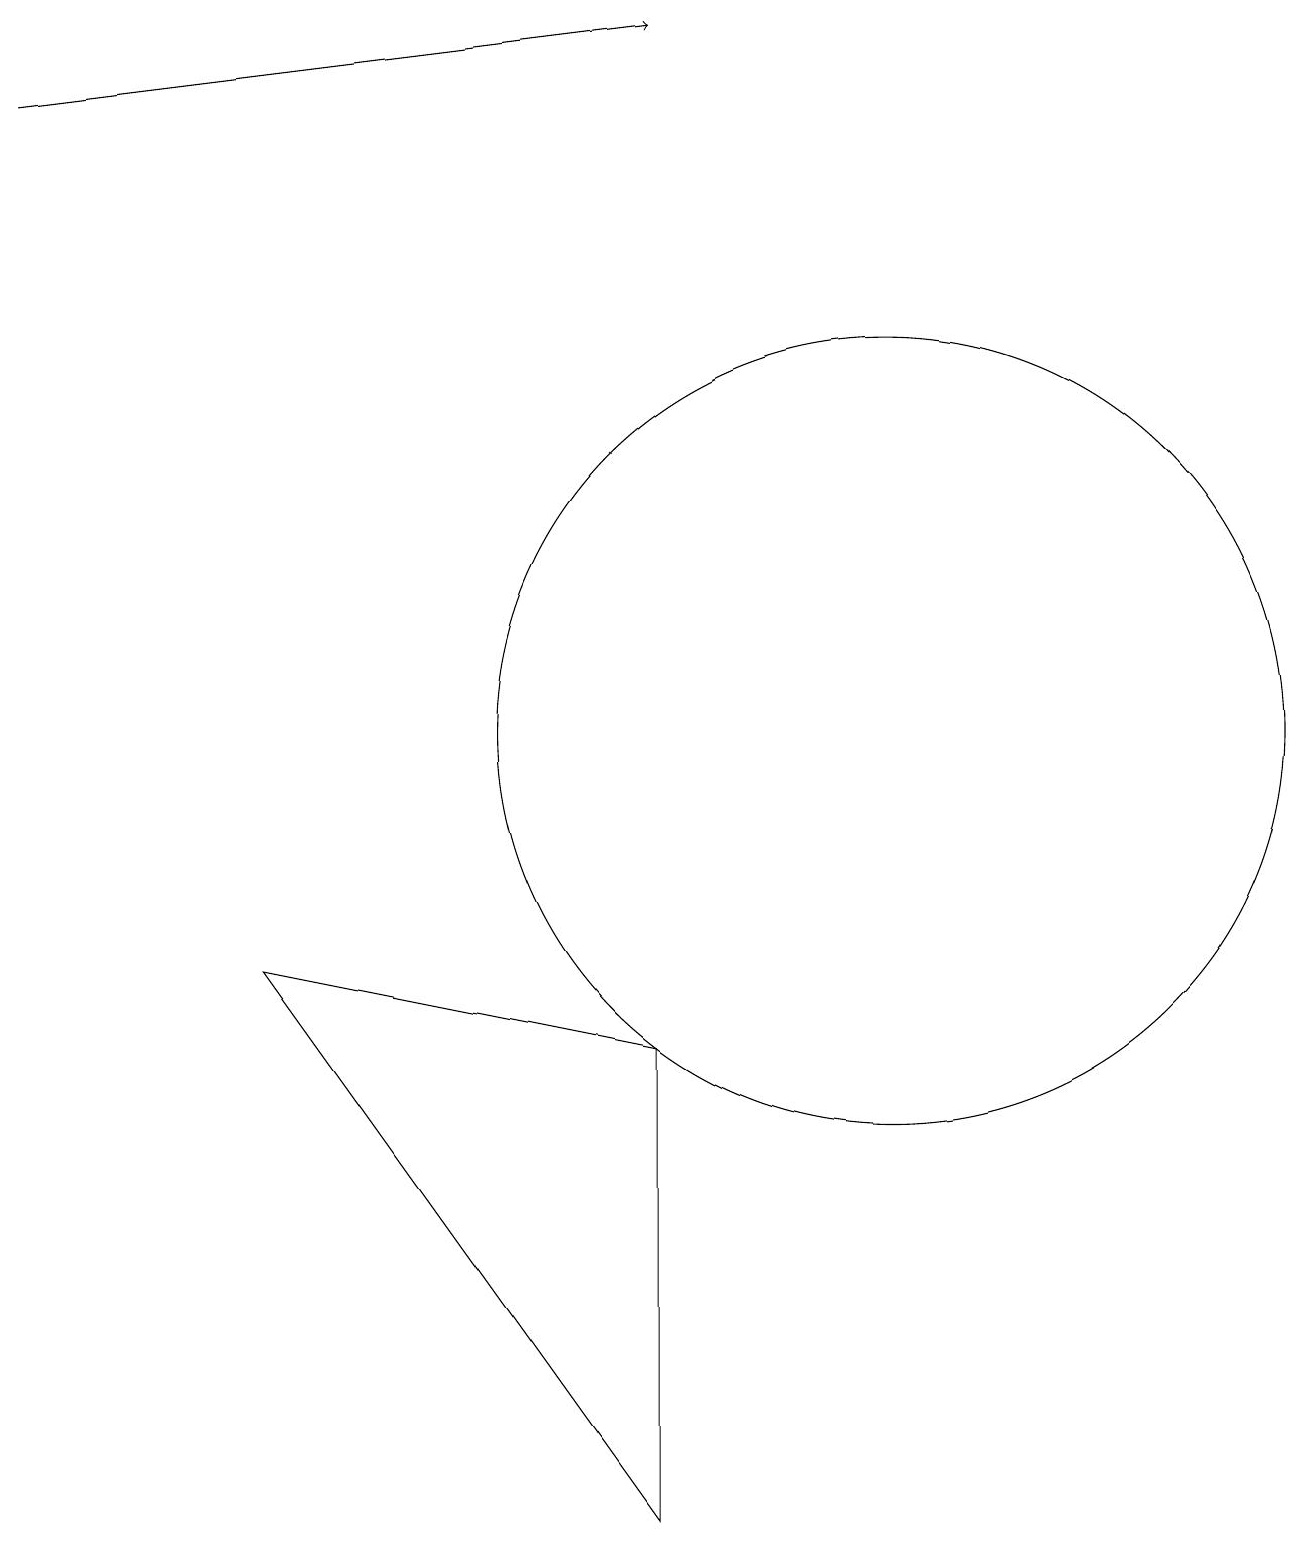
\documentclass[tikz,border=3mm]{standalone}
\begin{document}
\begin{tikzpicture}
\draw (9,0) -- (9,6) -- (4,7) -- cycle;
\draw (12,10) circle (5);
\draw[->] (1,18) -- (9,19);
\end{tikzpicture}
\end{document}